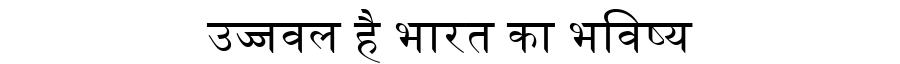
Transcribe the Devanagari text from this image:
उज्जवल है भारत का भविष्य